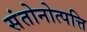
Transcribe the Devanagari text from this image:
संतोनोत्पत्ति